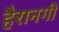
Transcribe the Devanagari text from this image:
हैरानगी